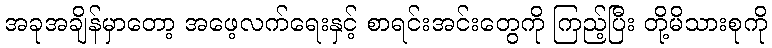
အခုအချိန်မှာတော့ အဖေ့လက်ရေးနှင့် စာရင်းအင်းတွေကို ကြည့်ပြီး တို့မိသားစုကို